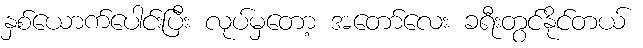
နှစ်ယောက်ပေါင်းပြီး လုပ်မှတော့ အတော်လေး ခရီးတွင်နိုင်တယ်